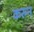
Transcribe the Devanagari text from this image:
करुन